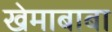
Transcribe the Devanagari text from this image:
खेमाबाबा